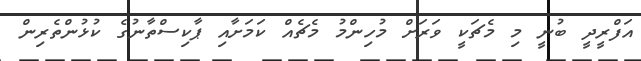
އަފްރީދީ ބުނީ މި މެޗަކީ ވަރަށް މުހިންމު މެޗެއް ކަމަށާއި ޕާކިސްތާނުގެ ކުޅުންތެރިން